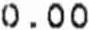
0.00